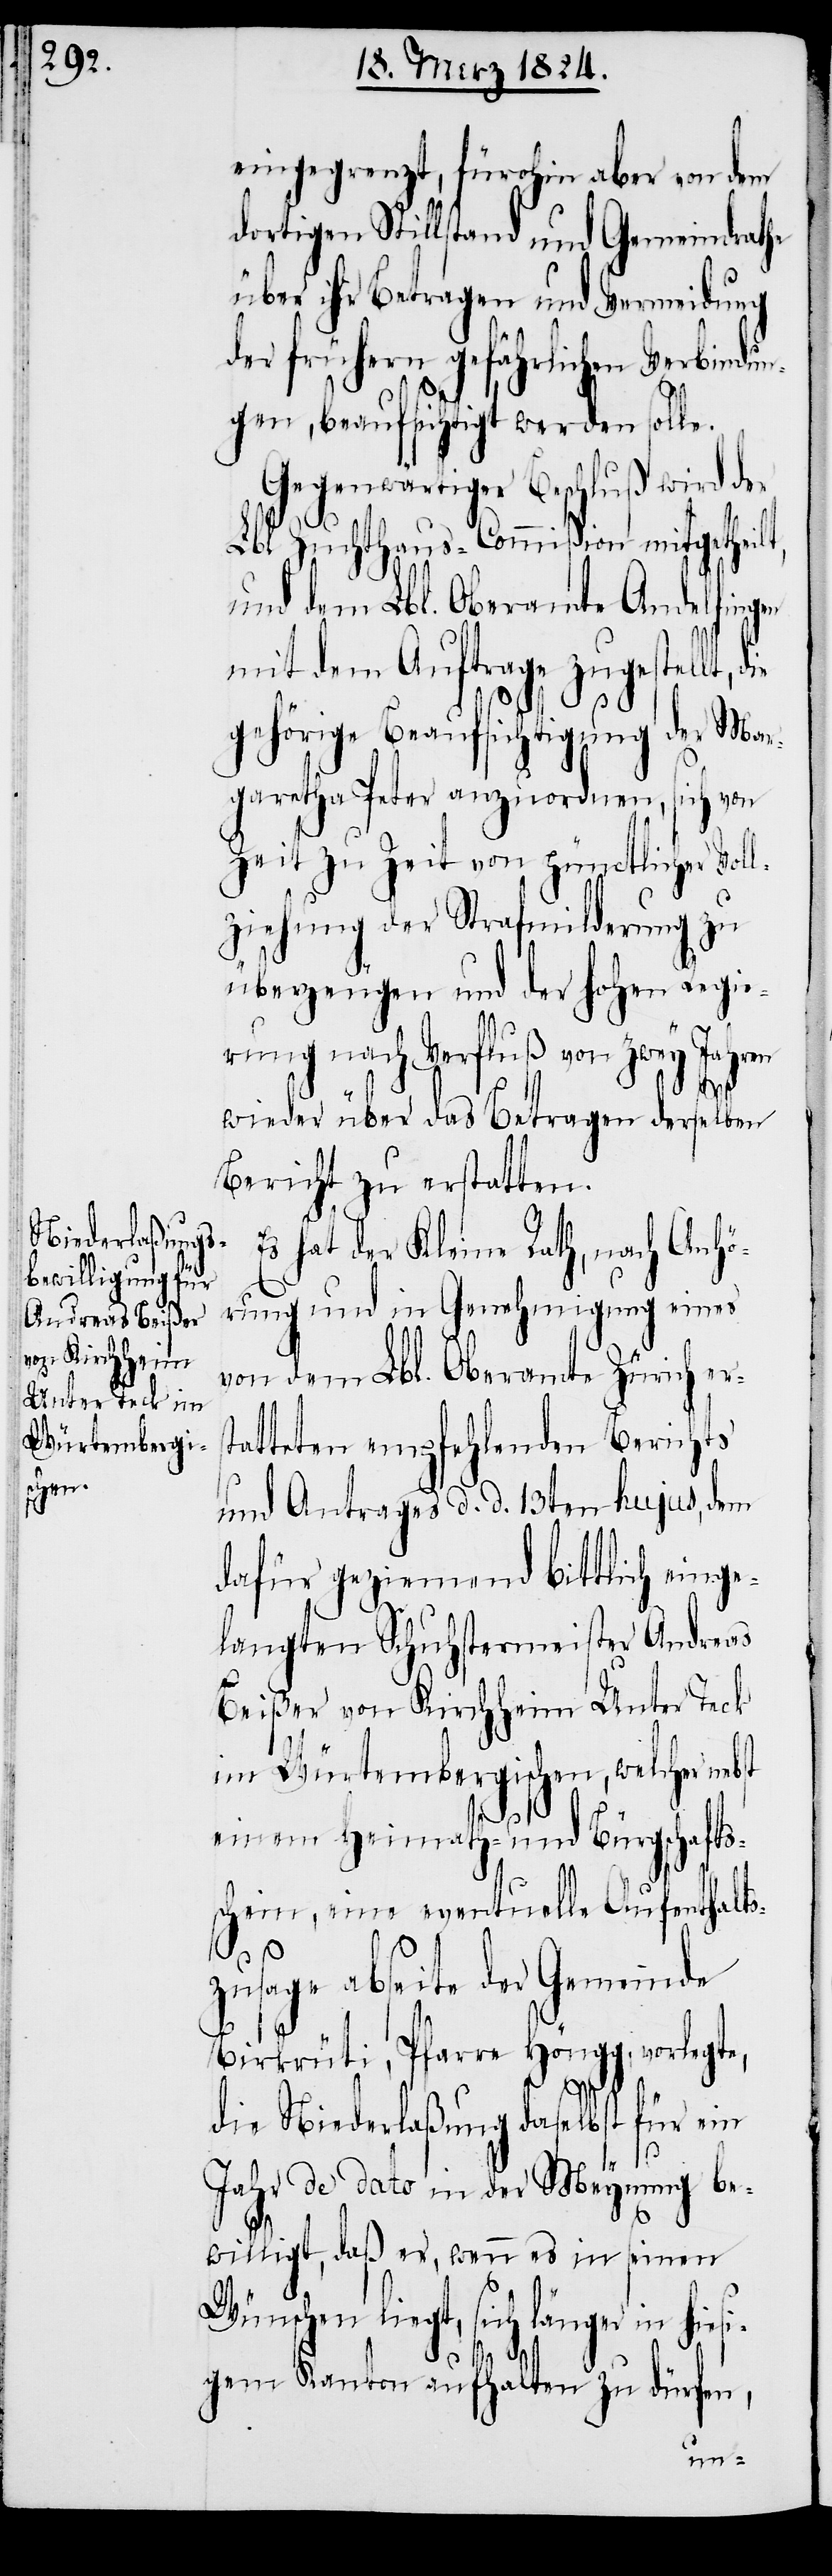
rst¬

eingegrenzt, fürohin aber von dem
dortigen Stillstand Gemeindrathe
über ihr Betragen und Vermeidung
der frühern gefährlichen Verbindun¬
gen, beaufsichtigen werden solle.
Gegenwärtiger Beschluß wird der
Lbl. Zuchthaus-Commißion mitgetheilt,
und dem Lbl. Oberamte Andelfing¬
mit dem Auftrage zugestellt,
gehöre Beaufsichtigung der Mar¬
garetha Peter anzuordnen, sich von
Zeit zu Zeit von pünctlicher Vol¬
lziehung der Strafmilderung zu
überzeugen und der hohen Regie¬
rung nach Verfluß von zwey Jahren
wieder über das Betragen derselben
Bericht zu erstatten.
Es hat der Kleine Rath, nach Anhö¬
rung und in Genehmigung eines
von dem Lbl. Oberamte Zürich e¬
atteten empfehlenden Berichts
und Antrages d. d. 13ten hujus, dem
dafür geziemend bittlich einge¬
langten Schuhstermeister Andreas
Beißer von Kirchheim Unter Teck
im Würtembergischen, welcher nebst
einem Heimath- und Bürgschafts¬
schein, eine eventuelle Aufenthalts¬
zusage abseite der Gemeinde
Birkrüti, Pfarre Höngg, vorlegte,
die Niederlaßung daselbst für ein
Jahr de dato in der Meynung be¬
willigt, daß er, wenn es in seinen
Wünschen liegt, sich länger in hiesi¬
gem Kanton aufhalten zu dürfen,
en